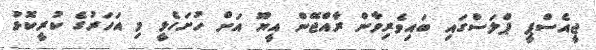
ޖީއެސްޕީ ޕްލަސްގައި ބައިވެރިވާން ރާއްޖޭން އީޔޫ އަށް ހުށަހެޅީ މި އަހަރުގެ ކުރީކޮޅު